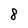
Character: 8